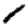
Digit: 1